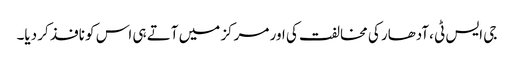
جی ایس ٹی ،آدھار کی مخالفت کی اور مرکز میں آتے ہی اس کو نافذ کر دیا۔